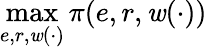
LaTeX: \operatorname*{max}_{e,r,\mathit{w}(\cdot)}\pi(e,r,\mathit{w}(\cdot))